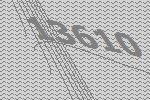
13610